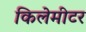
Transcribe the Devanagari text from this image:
किलेमीटर